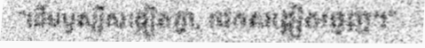
"ដើមឫស្សីសង្កៀតគ្នា, ដេកសង្កៀតធ្មេញ។"